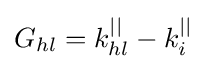
G_{hl}=k_{hl}^{||}-k_{i}^{||}